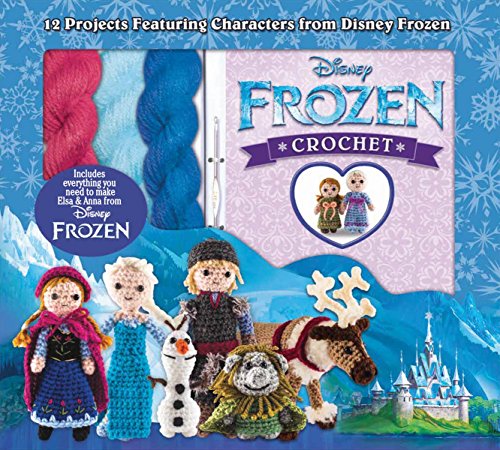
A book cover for Disney Frozen Crochet (Crochet Kits); Kati Galusz; Crafts, Hobbies & Home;